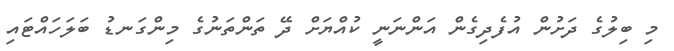
މި ބިލުގެ ދަށުން އުފެދިގެން އަންނަނީ ކުއްޔަށް ދޭ ތަންތަނުގެ މިންގަނޑު ބަލަހައްޓައި